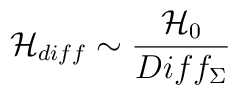
{\cal H}_{diff} \sim \frac{{\cal H}_{0}}{Diff_{\Sigma}}